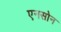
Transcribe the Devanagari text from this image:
एनसोन